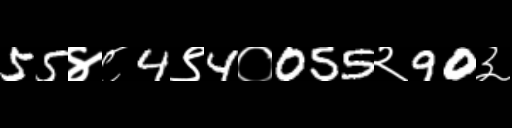
Text: 55४८4९4०055२90३